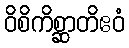
ဝိစိကိစ္ဆာတိဧဝံ